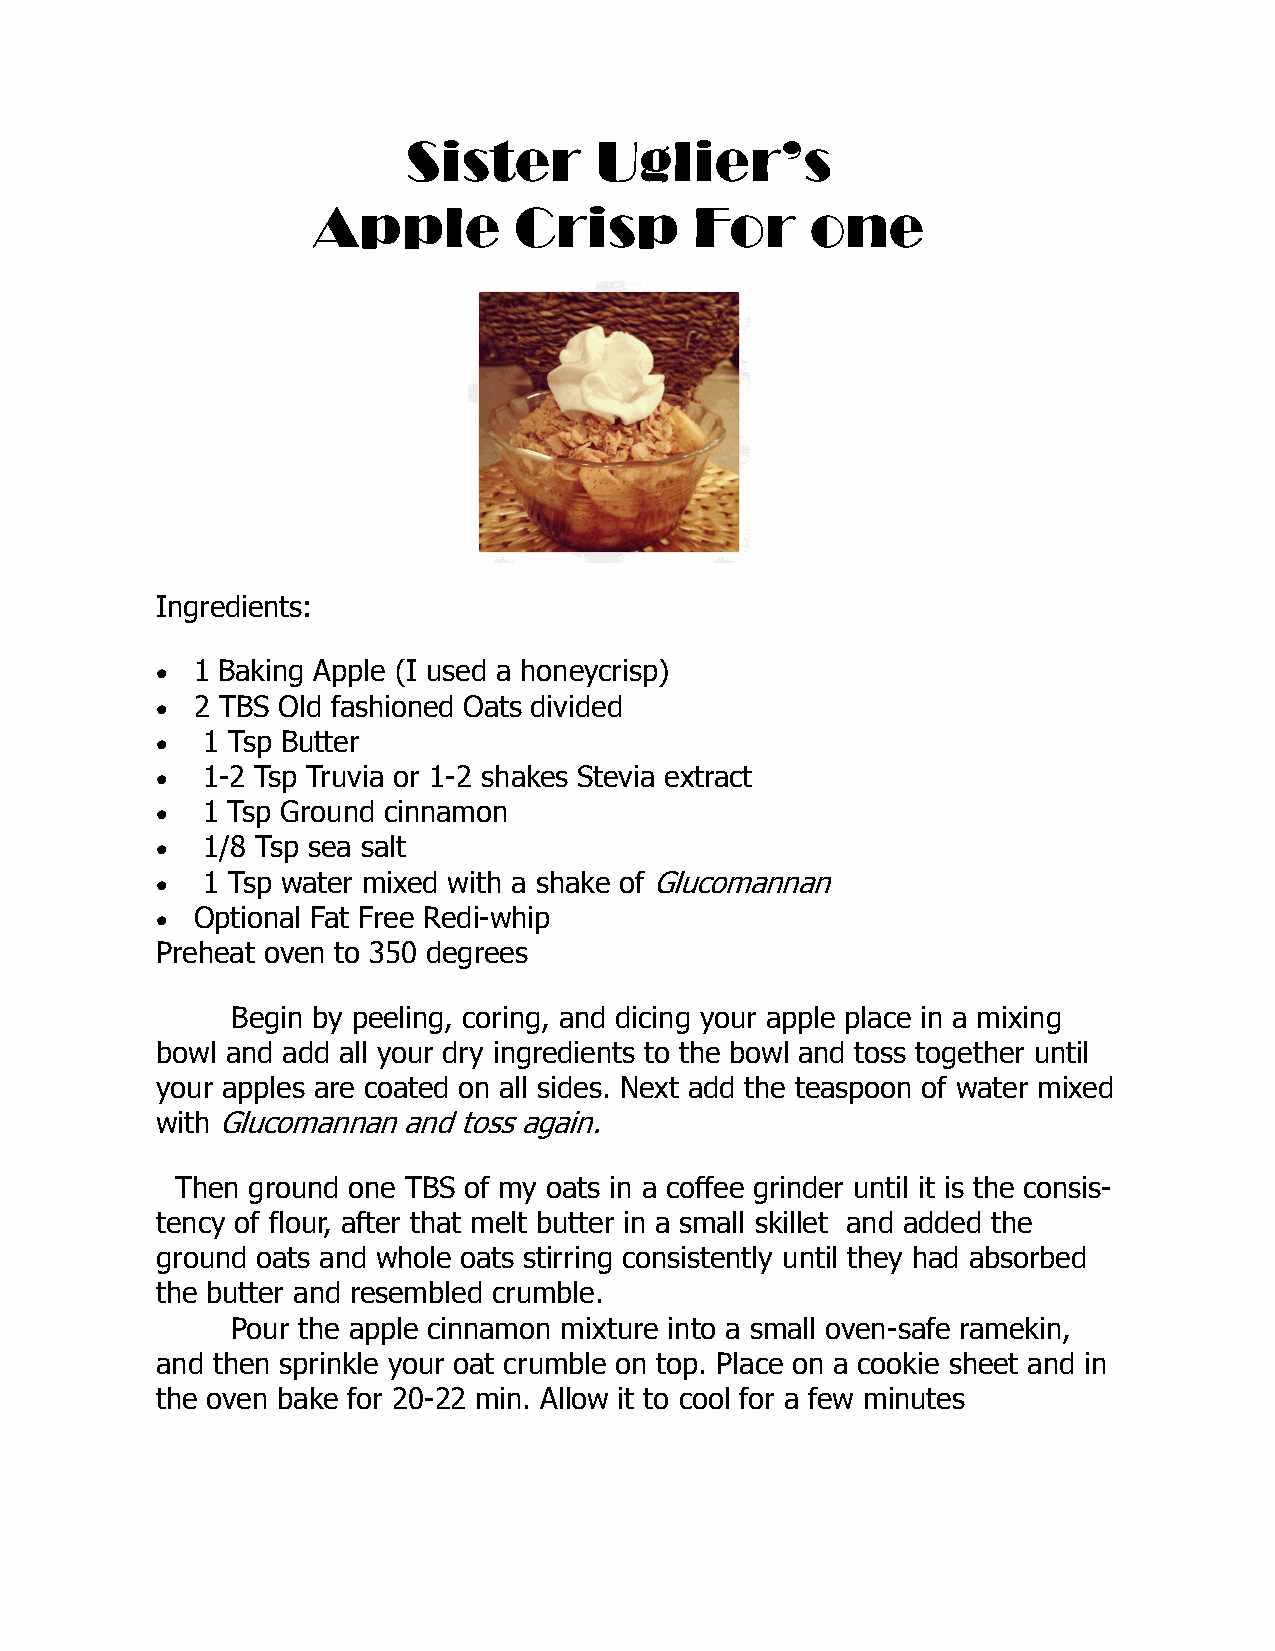
Sister      Uglier’s
 Apple        Crisp       For     one
 Ingredients:
   1 Baking Apple (I used a honeycrisp)
   2 TBS Old fashioned Oats divided
   1 Tsp Butter
   1-2 Tsp Truvia or 1-2 shakes Stevia extract
   1 Tsp Ground cinnamon
   1/8 Tsp sea salt
   1 Tsp water mixed with a shake of Glucomannan
   Optional Fat Free Redi-whip
 Preheat oven to 350 degrees
 Begin by peeling, coring, and dicing your apple place in a mixing
 bowl and add all your dry ingredients to the bowl and toss together until
 your apples are coated on all sides. Next add the teaspoon of water mixed
 with Glucomannan and toss again.
 Then ground one TBS of my oats in a coffee grinder until it is the consis-
 tency of flour, after that melt butter in a small skillet and added the
 ground oats and whole oats stirring consistently until they had absorbed
 the butter and resembled crumble.
 Pour the apple cinnamon mixture into a small oven-safe ramekin,
 and then sprinkle your oat crumble on top. Place on a cookie sheet and in
 the oven bake for 20-22 min. Allow it to cool for a few minutes